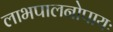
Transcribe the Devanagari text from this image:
लाभपालनोपायः